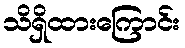
သိရှိထားကြောင်း